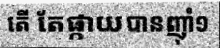
តើ តែផ្កាយបានញ៉ាំ១